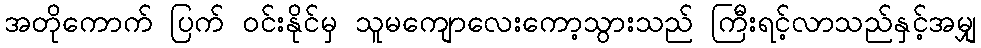
အတိုကောက် ပြက် ဝင်းနိုင်မှ သူမကျောလေးကော့သွားသည် ကြီးရင့်လာသည်နှင့်အမျှ